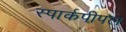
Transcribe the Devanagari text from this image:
स्पार्कपीपल